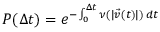
P ( \Delta t ) = e ^ { - \int _ { 0 } ^ { \Delta t } \nu ( | \vec { v } ( t ) | ) \, d t }